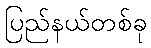
ပြည်နယ်တစ်ခု